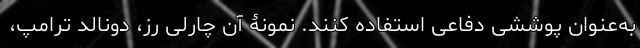
به‌عنوان پوششی دفاعی استفاده کنند. نمونۀ آن چارلی رز، دونالد ترامپ،